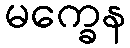
မက္ခေန